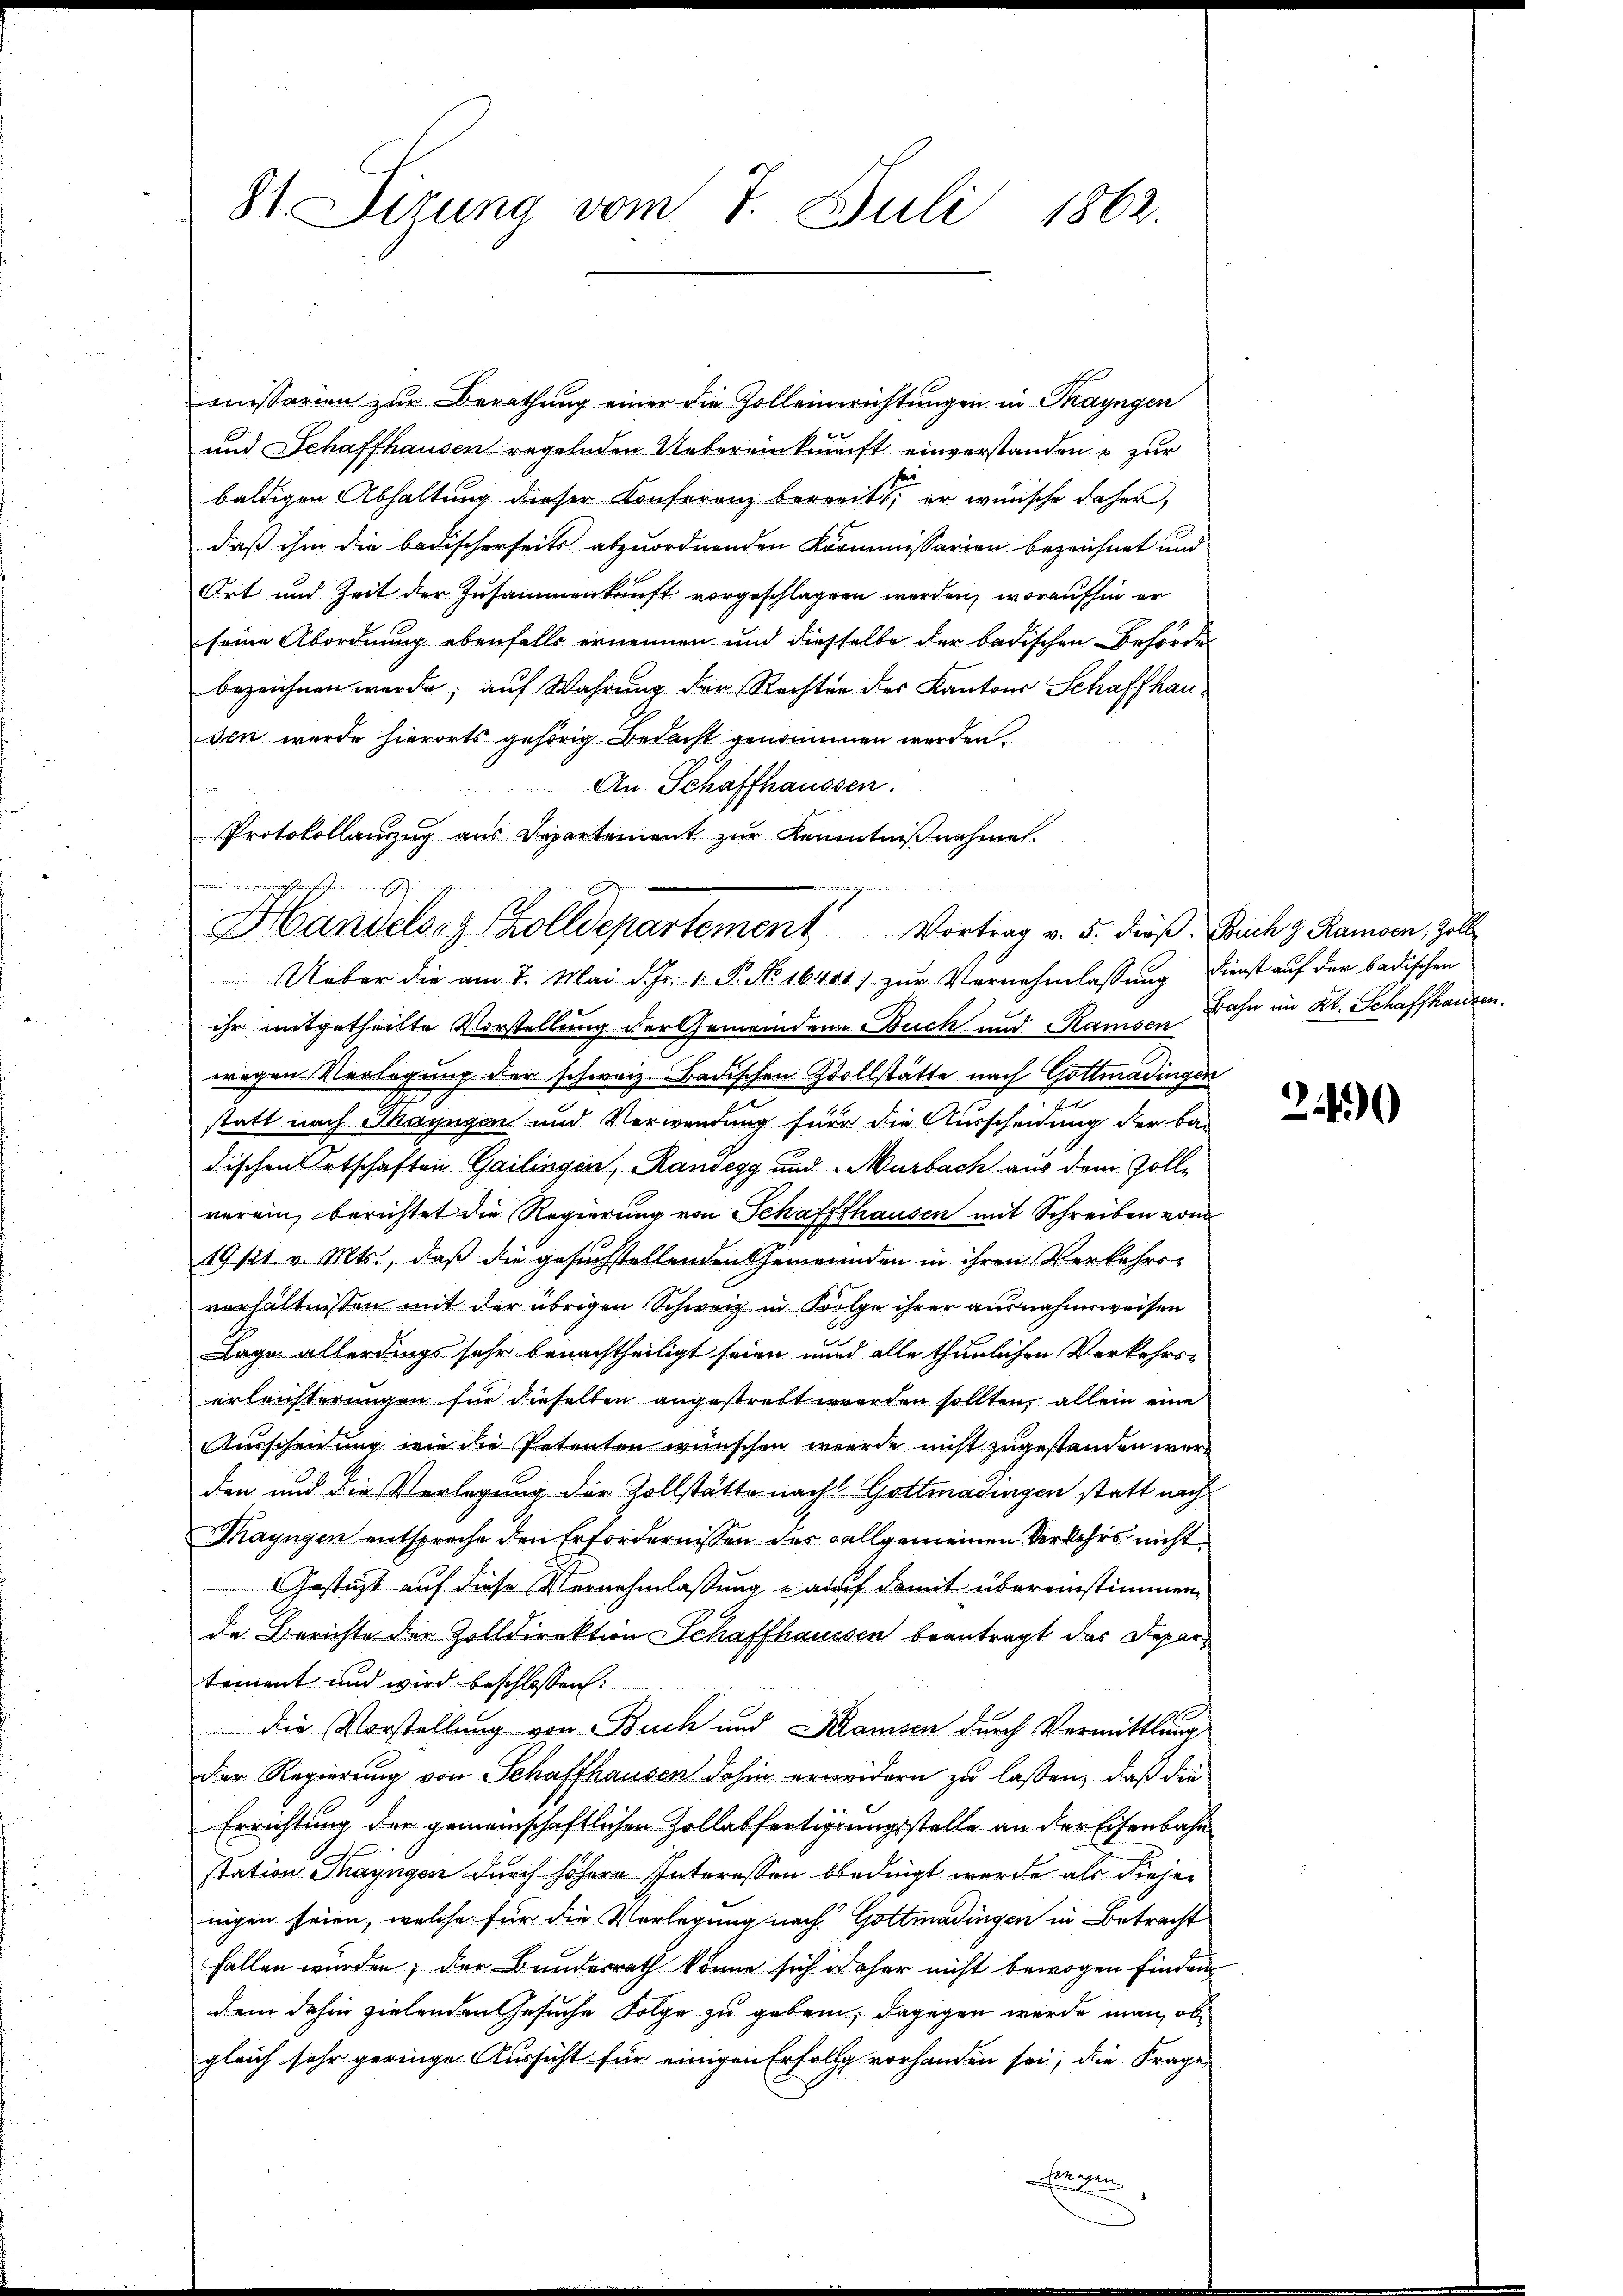
81. Sizung vom 7. Juli 1862.

missarien zur Berathung einer die Zolleinrichtungen in Thayngen
und Schaffhausen regelnden Uebereinkunft einverstanden & zur
baldigen Abhaltung dieser Konferenz bereits, er wünsche daher,
daß ihm die badischerseits abzuordnenden Kommissarien bezeichnet und
Ort und Zeit der Zusammenkunft vorgeschlagen werden, woraufhin er
seine Abordnung ebenfalls ernennen und diesselbe der badischen Behörde
bezeichnen werde; auf Wahrung der Rechten des Kantons Schaffhausen wurde hierorts gehörig Bedacht genommen werden.
An Schaffhaussen.
Protokollanzug aus Departement zur Kenntnißnahme.
wesenheit einen
ihr mitgetheilte Vorstellung der Gemeindere Buch und Ramsen Bahn im Kt. Schaffhausen.
wegen Verlegung der schweiz. Badischen Zollstätte nach Gottmadingen
statt nach Thayngen und Verwendung für die Ausscheidung der Ba-
dischen Ortschaften Gailingen, Randegg und Murbach aus dem Zollverein, berichtet die Regierung von Schaffhausen mit Schreiben von
19/21. v. Mts., daß die gesuchstellenden Gemeinden in ihren Verkehrsverhältnissen mit der übrigen Schweiz in Folge ihrer ausnahmsweisen
Lage allerdings sehr benachtheiligt seien und alle thunlichen Verkehrs-
erleichterungen für dieselben angestrebt werden sollten, allein eine
Ausscheinung wie die Petenten wünschen werde nicht zugestanden werd
den und die Verlegung der Zollstätte nach Gottmadingen statt nach
Thayngen entsproche den Erfordernissen des allgemeinen Verkehrs nicht
Gestützt auf diese Vernehmlassung auf damit übereinstimmen,
de Berichte der Zolldirektion Schaffhaussen beantragt das Departement und wird beschlossen:
 Die Vorstellung von Buch und Kamsen durch Vermittlung
Der Regierung von Schaffhausen dahin erwidern zu lassen, daß die
Errichtung der gemeinschaftlichen Zollatfertigungsstelle an der Eisenbahn
station Thayngen durch höhere Interessen bedingt wurde als diejen
nigen seien, welche für die Vorlegung nach Gottmadingen in Betracht
fallen würden; der Bundesrath könne sich daher nicht bewogen finden
dem dahin zielenden Gesuche Folge zu geben; dagegen wurde man, ob
gleich sehr geringe Aussicht für einigen Erfolg vorhanden sei, die Frage

u
Handels- & Zolldepartement Vortrag v. 5. dieβ. Buch z. Ramsen, Zoll
Ueber die am 7. Mai d. Js. v. P. No 16481) zur Vernehmlassung Dienst auf der badischen

249